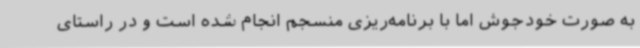
به صورت خودجوش اما با برنامه‌ریزی منسجم انجام شده است و در راستای